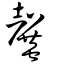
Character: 𣫣